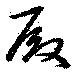
殿